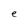
Character: e